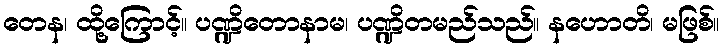
တေန၊ ထို့ကြောင့်။ ပဏ္ဍိတောနာမ၊ ပဏ္ဍိတမည်သည်။ နဟောတိ၊ မဖြစ်။